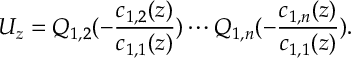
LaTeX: U _ { z } = Q _ { 1 , 2 } ( - \frac { c _ { 1 , 2 } ( z ) } { c _ { 1 , 1 } ( z ) } ) \cdots Q _ { 1 , n } ( - \frac { c _ { 1 , n } ( z ) } { c _ { 1 , 1 } ( z ) } ) .